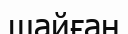
шайған